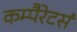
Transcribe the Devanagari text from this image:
कम्पैरेटर्स